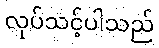
လုပ်သင့်ပါသည်